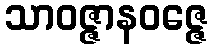
သာဝဇ္ဇာနဝဇ္ဇေ